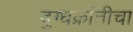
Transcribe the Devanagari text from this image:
दुग्धक्रांतीचा